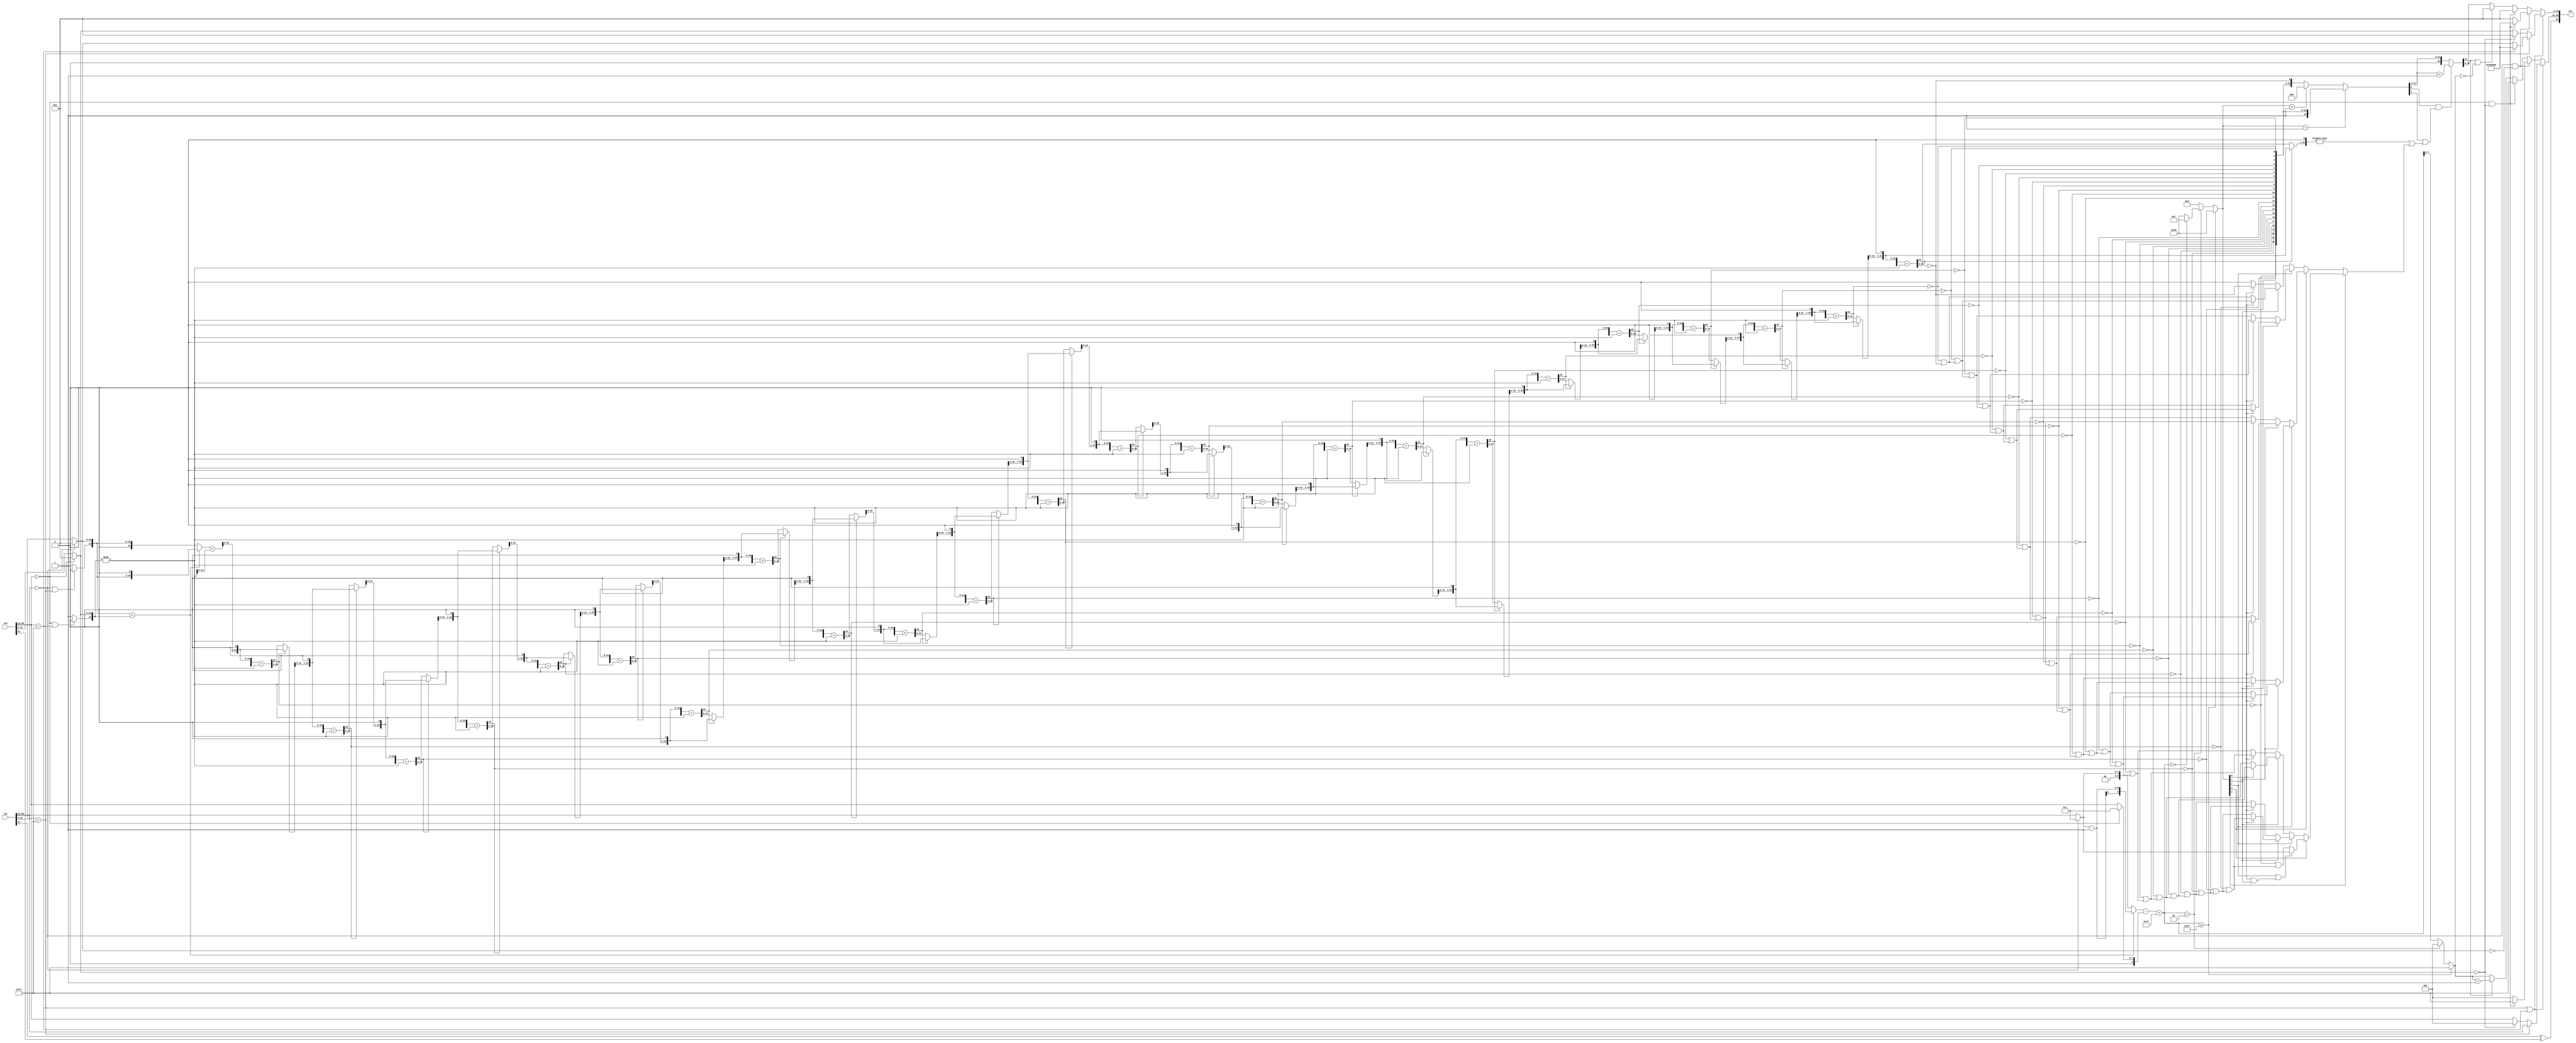
`timescale 1ns / 1ns

module div(in1,
           in2,
           out);
  input   [31:0] in1;  // ufix32
  input   [31:0] in2;  // ufix32
  output  [31:0] out;  // ufix32


  wire aSign;  // ufix1
  wire [7:0] aExponent;  // ufix8
  wire [22:0] aMantissa;  // ufix23
  wire bSign;  // ufix1
  wire [7:0] bExponent;  // ufix8
  wire [22:0] bMantissa;  // ufix23
  wire tmp_out1;  // ufix1
  wire aExponent_cfType_Exponent_I_out1;  // ufix1
  wire bExponent_cfType_Exponent_I_out1;  // ufix1
  wire alphaaExponent_cfType_Exponent_out1;  // ufix1
  wire aExponent_0_out1;  // ufix1
  wire [22:0] Constant_out1;  // ufix23
  wire [22:0] Switch_out1;  // ufix23
  wire aMantissa_0_out1;  // ufix1
  wire alphaaExponent_0_aMantissa_out1;  // ufix1
  wire bExponent_0_out1;  // ufix1
  wire [22:0] Constant_out1_1;  // ufix23
  wire [22:0] Switch_out1_1;  // ufix23
  wire bMantissa_0_out1;  // ufix1
  wire alphabExponent_0_bMantissa_out1;  // ufix1
  wire alphaExponent_0_cfType_Exp_out1;  // ufix1
  wire alpha1_out1;  // ufix1
  wire alpha0_out1;  // ufix1
  wire if_Exponent_0_cfType_Exp_out1;  // ufix1
  wire [23:0] Bit_Concat1_out1;  // ufix24
  wire alphaExponent_0_cfType_Exp_out1_1;  // ufix1
  wire alpha1_out1_1;  // ufix1
  wire alpha0_out1_1;  // ufix1
  wire if_Exponent_0_cfType_Exp_out1_1;  // ufix1
  wire [23:0] Bit_Concat1_out1_1;  // ufix24
  wire mant_a_norm_mant_b_norm_relop1;
  wire [7:0] C_out1;  // ufix8
  wire [7:0] if_Exponent_0_out1;  // ufix8
  wire signed [9:0] DTC_out1;  // sfix10
  wire signed [9:0] cast_1_out1;  // sfix10
  wire signed [9:0] exp_a_norm_cast_1_out1;  // sfix10
  wire [7:0] C_out1_1;  // ufix8
  wire signed [9:0] if_mant_a_norm_mant_b_norm_out1;  // sfix10
  wire [7:0] if_Exponent_0_out1_1;  // ufix8
  wire signed [9:0] DTC1_out1;  // sfix10
  wire signed [9:0] exp_a_norm_exp_b_norm_out1;  // sfix10
  wire signed [9:0] cast_cfType_ExponentBias_lik_out1;  // sfix10
  wire signed [9:0] exp_a_norm_exp_b_norm_cast_out1;  // sfix10
  wire exp_tmp_2_cfType_ExponentBi_out1;  // ufix1
  wire exp_tmp_1_out1;  // ufix1
  wire [4:0] C3_out1;  // ufix5
  wire exp_tmp_0_out1;  // ufix1
  wire [4:0] C1_out1;  // ufix5
  wire [4:0] C_out1_2;  // ufix5
  wire [4:0] if_exp_tmp_0_out1;  // ufix5
  wire [4:0] if_exp_tmp_1_1_out1;  // ufix5
  wire [4:0] C5_out1;  // ufix5
  wire [4:0] if_exp_tmp_2_cfType_ExponentB_1_out1;  // ufix5
  wire shift_length_1_out1;  // ufix1
  wire shift_length_1_out1_1;  // ufix1
  wire C_out1_3;  // ufix1
  wire [3:0] alpha0_out1_2;  // ufix4
  wire [27:0] Bit_Concat_out1;  // ufix28
  wire signed [27:0] reinterpretcast_bitconcat_fi_0_out1;  // sfix28
  wire signed [27:0] bitsll_mant_a_norm_1_out1;  // sfix28
  wire signed [27:0] if_mant_a_norm_mant_b_norm_1_out1;  // sfix28
  wire [25:0] Bit_Slice1_out1;  // ufix26
  wire signed [25:0] Data_Type_Conversion1_out1;  // sfix26
  wire [3:0] alpha1_out1_2;  // ufix4
  wire [27:0] Bit_Concat1_out1_2;  // ufix28
  wire signed [27:0] reinterpretcast_bitconcat_fi_0_out1_1;  // sfix28
  wire signed [28:0] Unary_Minus2_in0;  // sfix29
  wire signed [28:0] Unary_Minus2_1;  // sfix29
  wire signed [27:0] Unary_Minus2_out1;  // sfix28
  wire [25:0] Bit_Slice_out1;  // ufix26
  wire signed [25:0] Data_Type_Conversion_out1;  // sfix26
  wire signed [25:0] R_mant_b_norm_out1;  // sfix26
  wire signed [25:0] bitsll_R_1_out1;  // sfix26
  wire signed [25:0] R_mant_b_norm_out1_1;  // sfix26
  wire Bit_Slice_out1_1;  // ufix1
  wire Logical_Operator_out1;
  wire [1:0] Bit_Concat_out1_1;  // ufix2
  wire signed [25:0] if_tmp_0_1_out1;  // sfix26
  wire signed [25:0] bitsll_R_1_out1_1;  // sfix26
  wire signed [25:0] R_mant_b_norm_out1_2;  // sfix26
  wire Bit_Slice_out1_2;  // ufix1
  wire Logical_Operator_out1_1;
  wire [2:0] Bit_Concat_out1_2;  // ufix3
  wire signed [25:0] if_tmp_0_1_out1_1;  // sfix26
  wire signed [25:0] bitsll_R_1_out1_2;  // sfix26
  wire signed [25:0] R_mant_b_norm_out1_3;  // sfix26
  wire Bit_Slice_out1_3;  // ufix1
  wire Logical_Operator_out1_2;
  wire [3:0] Bit_Concat_out1_3;  // ufix4
  wire signed [25:0] if_tmp_0_1_out1_2;  // sfix26
  wire signed [25:0] bitsll_R_1_out1_3;  // sfix26
  wire signed [25:0] R_mant_b_norm_out1_4;  // sfix26
  wire Bit_Slice_out1_4;  // ufix1
  wire Logical_Operator_out1_3;
  wire [4:0] Bit_Concat_out1_4;  // ufix5
  wire signed [25:0] if_tmp_0_1_out1_3;  // sfix26
  wire signed [25:0] bitsll_R_1_out1_4;  // sfix26
  wire signed [25:0] R_mant_b_norm_out1_5;  // sfix26
  wire Bit_Slice_out1_5;  // ufix1
  wire Logical_Operator_out1_4;
  wire [5:0] Bit_Concat_out1_5;  // ufix6
  wire signed [25:0] if_tmp_0_1_out1_4;  // sfix26
  wire signed [25:0] bitsll_R_1_out1_5;  // sfix26
  wire signed [25:0] R_mant_b_norm_out1_6;  // sfix26
  wire Bit_Slice_out1_6;  // ufix1
  wire Logical_Operator_out1_5;
  wire [6:0] Bit_Concat_out1_6;  // ufix7
  wire signed [25:0] if_tmp_0_1_out1_5;  // sfix26
  wire signed [25:0] bitsll_R_1_out1_6;  // sfix26
  wire signed [25:0] R_mant_b_norm_out1_7;  // sfix26
  wire Bit_Slice_out1_7;  // ufix1
  wire Logical_Operator_out1_6;
  wire [7:0] Bit_Concat_out1_7;  // uint8
  wire signed [25:0] if_tmp_0_1_out1_6;  // sfix26
  wire signed [25:0] bitsll_R_1_out1_7;  // sfix26
  wire signed [25:0] R_mant_b_norm_out1_8;  // sfix26
  wire Bit_Slice_out1_8;  // ufix1
  wire Logical_Operator_out1_7;
  wire [8:0] Bit_Concat_out1_8;  // ufix9
  wire signed [25:0] if_tmp_0_1_out1_7;  // sfix26
  wire signed [25:0] bitsll_R_1_out1_8;  // sfix26
  wire signed [25:0] R_mant_b_norm_out1_9;  // sfix26
  wire Bit_Slice_out1_9;  // ufix1
  wire Logical_Operator_out1_8;
  wire [9:0] Bit_Concat_out1_9;  // ufix10
  wire signed [25:0] if_tmp_0_1_out1_8;  // sfix26
  wire signed [25:0] bitsll_R_1_out1_9;  // sfix26
  wire signed [25:0] R_mant_b_norm_out1_10;  // sfix26
  wire Bit_Slice_out1_10;  // ufix1
  wire Logical_Operator_out1_9;
  wire [10:0] Bit_Concat_out1_10;  // ufix11
  wire signed [25:0] if_tmp_0_1_out1_9;  // sfix26
  wire signed [25:0] bitsll_R_1_out1_10;  // sfix26
  wire signed [25:0] R_mant_b_norm_out1_11;  // sfix26
  wire Bit_Slice_out1_11;  // ufix1
  wire Logical_Operator_out1_10;
  wire [11:0] Bit_Concat_out1_11;  // ufix12
  wire signed [25:0] if_tmp_0_1_out1_10;  // sfix26
  wire signed [25:0] bitsll_R_1_out1_11;  // sfix26
  wire signed [25:0] R_mant_b_norm_out1_12;  // sfix26
  wire Bit_Slice_out1_12;  // ufix1
  wire Logical_Operator_out1_11;
  wire [12:0] Bit_Concat_out1_12;  // ufix13
  wire signed [25:0] if_tmp_0_1_out1_11;  // sfix26
  wire signed [25:0] bitsll_R_1_out1_12;  // sfix26
  wire signed [25:0] R_mant_b_norm_out1_13;  // sfix26
  wire Bit_Slice_out1_13;  // ufix1
  wire Logical_Operator_out1_12;
  wire [13:0] Bit_Concat_out1_13;  // ufix14
  wire signed [25:0] if_tmp_0_1_out1_12;  // sfix26
  wire signed [25:0] bitsll_R_1_out1_13;  // sfix26
  wire signed [25:0] R_mant_b_norm_out1_14;  // sfix26
  wire Bit_Slice_out1_14;  // ufix1
  wire Logical_Operator_out1_13;
  wire [14:0] Bit_Concat_out1_14;  // ufix15
  wire signed [25:0] if_tmp_0_1_out1_13;  // sfix26
  wire signed [25:0] bitsll_R_1_out1_14;  // sfix26
  wire signed [25:0] R_mant_b_norm_out1_15;  // sfix26
  wire Bit_Slice_out1_15;  // ufix1
  wire Logical_Operator_out1_14;
  wire [15:0] Bit_Concat_out1_15;  // uint16
  wire signed [25:0] if_tmp_0_1_out1_14;  // sfix26
  wire signed [25:0] bitsll_R_1_out1_15;  // sfix26
  wire signed [25:0] R_mant_b_norm_out1_16;  // sfix26
  wire Bit_Slice_out1_16;  // ufix1
  wire Logical_Operator_out1_15;
  wire [16:0] Bit_Concat_out1_16;  // ufix17
  wire signed [25:0] if_tmp_0_1_out1_15;  // sfix26
  wire signed [25:0] bitsll_R_1_out1_16;  // sfix26
  wire signed [25:0] R_mant_b_norm_out1_17;  // sfix26
  wire Bit_Slice_out1_17;  // ufix1
  wire Logical_Operator_out1_16;
  wire [17:0] Bit_Concat_out1_17;  // ufix18
  wire signed [25:0] if_tmp_0_1_out1_16;  // sfix26
  wire signed [25:0] bitsll_R_1_out1_17;  // sfix26
  wire signed [25:0] R_mant_b_norm_out1_18;  // sfix26
  wire Bit_Slice_out1_18;  // ufix1
  wire Logical_Operator_out1_17;
  wire [18:0] Bit_Concat_out1_18;  // ufix19
  wire signed [25:0] if_tmp_0_1_out1_17;  // sfix26
  wire signed [25:0] bitsll_R_1_out1_18;  // sfix26
  wire signed [25:0] R_mant_b_norm_out1_19;  // sfix26
  wire Bit_Slice_out1_19;  // ufix1
  wire Logical_Operator_out1_18;
  wire [19:0] Bit_Concat_out1_19;  // ufix20
  wire signed [25:0] if_tmp_0_1_out1_18;  // sfix26
  wire signed [25:0] bitsll_R_1_out1_19;  // sfix26
  wire signed [25:0] R_mant_b_norm_out1_20;  // sfix26
  wire Bit_Slice_out1_20;  // ufix1
  wire Logical_Operator_out1_19;
  wire [20:0] Bit_Concat_out1_20;  // ufix21
  wire signed [25:0] if_tmp_0_1_out1_19;  // sfix26
  wire signed [25:0] bitsll_R_1_out1_20;  // sfix26
  wire signed [25:0] R_mant_b_norm_out1_21;  // sfix26
  wire Bit_Slice_out1_21;  // ufix1
  wire Logical_Operator_out1_20;
  wire [21:0] Bit_Concat_out1_21;  // ufix22
  wire signed [25:0] if_tmp_0_1_out1_20;  // sfix26
  wire signed [25:0] bitsll_R_1_out1_21;  // sfix26
  wire signed [25:0] R_mant_b_norm_out1_22;  // sfix26
  wire Bit_Slice_out1_22;  // ufix1
  wire Logical_Operator_out1_21;
  wire [22:0] Bit_Concat_out1_22;  // ufix23
  wire signed [25:0] if_tmp_0_1_out1_21;  // sfix26
  wire signed [25:0] bitsll_R_1_out1_22;  // sfix26
  wire signed [25:0] R_mant_b_norm_out1_23;  // sfix26
  wire Bit_Slice_out1_23;  // ufix1
  wire Logical_Operator_out1_22;
  wire [23:0] Bit_Concat_out1_23;  // ufix24
  wire signed [25:0] if_tmp_0_1_out1_22;  // sfix26
  wire signed [25:0] bitsll_R_1_out1_23;  // sfix26
  wire signed [25:0] R_mant_b_norm_out1_24;  // sfix26
  wire Bit_Slice_out1_24;  // ufix1
  wire Logical_Operator_out1_23;
  wire [24:0] Bit_Concat_out1_24;  // ufix25
  wire [24:0] C_out1_4;  // ufix25
  wire [24:0] if_shift_length_1_out1;  // ufix25
  wire [24:0] bitsrl_Q_1_out1;  // ufix25
  wire [24:0] if_shift_length_1_out1_1;  // ufix25
  wire [23:0] BitSlice_out1;  // ufix24
  wire Bit_Slice10_out1;  // ufix1
  wire Bit_Slice9_out1;  // ufix1
  wire Bit_Slice7_out1;  // ufix1
  wire Bit_Slice8_out1;  // ufix1
  wire Bit_Slice11_out1;  // ufix1
  wire [2:0] Bit_Slice_out1_25;  // ufix3
  wire Constant_out1_2;  // ufix1
  wire [3:0] Bit_Concat_out1_25;  // ufix4
  wire Bit_Slice_out1_26;  // ufix1
  wire Bit_Slice1_out1_1;  // ufix1
  wire Logical_Operator_out1_24;  // ufix1
  wire Switch6_out1;  // ufix1
  wire Bit_Slice2_out1;  // ufix1
  wire Logical_Operator1_out1;  // ufix1
  wire Bit_Slice3_out1;  // ufix1
  wire Logical_Operator2_out1;  // ufix1
  wire Switch7_out1;  // ufix1
  wire Switch3_out1;  // ufix1
  wire [3:0] Bit_Slice1_out1_2;  // ufix4
  wire Bit_Slice_out1_27;  // ufix1
  wire Logical_Operator3_out1;  // ufix1
  wire Bit_Slice1_out1_3;  // ufix1
  wire Logical_Operator_out1_25;  // ufix1
  wire Switch6_out1_1;  // ufix1
  wire Bit_Slice2_out1_1;  // ufix1
  wire Logical_Operator1_out1_1;  // ufix1
  wire Bit_Slice3_out1_1;  // ufix1
  wire Logical_Operator2_out1_1;  // ufix1
  wire Switch7_out1_1;  // ufix1
  wire Switch3_out1_1;  // ufix1
  wire Switch6_out1_2;  // ufix1
  wire [3:0] Bit_Slice2_out1_2;  // ufix4
  wire Bit_Slice_out1_28;  // ufix1
  wire Logical_Operator3_out1_1;  // ufix1
  wire Bit_Slice1_out1_4;  // ufix1
  wire Logical_Operator_out1_26;  // ufix1
  wire Switch6_out1_3;  // ufix1
  wire Bit_Slice2_out1_3;  // ufix1
  wire Logical_Operator1_out1_2;  // ufix1
  wire Bit_Slice3_out1_2;  // ufix1
  wire Logical_Operator2_out1_2;  // ufix1
  wire Switch7_out1_2;  // ufix1
  wire Switch3_out1_2;  // ufix1
  wire [3:0] Bit_Slice3_out1_3;  // ufix4
  wire Bit_Slice_out1_29;  // ufix1
  wire Logical_Operator3_out1_2;  // ufix1
  wire Bit_Slice1_out1_5;  // ufix1
  wire Logical_Operator_out1_27;  // ufix1
  wire Switch6_out1_4;  // ufix1
  wire Bit_Slice2_out1_4;  // ufix1
  wire Logical_Operator1_out1_3;  // ufix1
  wire Bit_Slice3_out1_4;  // ufix1
  wire Logical_Operator2_out1_3;  // ufix1
  wire Switch7_out1_3;  // ufix1
  wire Switch3_out1_3;  // ufix1
  wire Switch7_out1_4;  // ufix1
  wire Switch3_out1_4;  // ufix1
  wire [3:0] Bit_Slice4_out1;  // ufix4
  wire Bit_Slice_out1_30;  // ufix1
  wire Logical_Operator3_out1_3;  // ufix1
  wire Bit_Slice1_out1_6;  // ufix1
  wire Logical_Operator_out1_28;  // ufix1
  wire Switch6_out1_5;  // ufix1
  wire Bit_Slice2_out1_5;  // ufix1
  wire Logical_Operator1_out1_4;  // ufix1
  wire Bit_Slice3_out1_5;  // ufix1
  wire Logical_Operator2_out1_4;  // ufix1
  wire Switch7_out1_5;  // ufix1
  wire Switch3_out1_5;  // ufix1
  wire [3:0] Bit_Slice5_out1;  // ufix4
  wire Bit_Slice_out1_31;  // ufix1
  wire Logical_Operator3_out1_4;  // ufix1
  wire Bit_Slice1_out1_7;  // ufix1
  wire Logical_Operator_out1_29;  // ufix1
  wire Switch6_out1_6;  // ufix1
  wire Bit_Slice2_out1_6;  // ufix1
  wire Logical_Operator1_out1_5;  // ufix1
  wire Bit_Slice3_out1_6;  // ufix1
  wire Logical_Operator2_out1_5;  // ufix1
  wire Switch7_out1_6;  // ufix1
  wire Switch3_out1_6;  // ufix1
  wire Switch4_out1;  // ufix1
  wire Logical_Operator_out1_30;  // ufix1
  wire [1:0] Bit_Slice6_out1;  // ufix2
  wire Bit_Slice_out1_32;  // ufix1
  wire Logical_Operator3_out1_5;  // ufix1
  wire Bit_Slice1_out1_8;  // ufix1
  wire Logical_Operator_out1_31;  // ufix1
  wire Switch7_out1_7;  // ufix1
  wire BitSlice_out1_1;  // ufix1
  wire BitSlice1_out1;  // ufix1
  wire signed [25:0] if_tmp_0_1_out1_23;  // sfix26
  wire signed [25:0] bitsll_R_1_out1_24;  // sfix26
  wire R_0_out1;  // ufix1
  wire Switch1_out1;  // ufix1
  wire Switch2_out1;  // ufix1
  wire sticky_bitsll_Q_Q_WordLen_out1;  // ufix1
  wire alphabitget_Mant_tmp_2_0_out1;  // ufix1
  wire alphabitget_Mant_tmp_1_0_out1;  // ufix1
  wire alpha0_out1_3;  // ufix1
  wire [22:0] BitSlice4_out1;  // ufix23
  wire [23:0] Bit_Concat_out1_26;  // ufix24
  wire [23:0] alpha2_out1;  // ufix24
  wire [23:0] Mant_tmp_2_out1;  // ufix24
  wire [23:0] if_bitget_Mant_tmp_1_0_out1;  // ufix24
  wire BitSlice2_out1;  // ufix1
  wire [7:0] DTC1_out1_1;  // ufix8
  wire [7:0] C2_out1;  // ufix8
  wire [7:0] if_exp_tmp_1_out1;  // ufix8
  wire [7:0] C4_out1;  // ufix8
  wire [7:0] if_exp_tmp_2_cfType_ExponentB_out1;  // ufix8
  wire [7:0] alpha1_out1_3;  // ufix8
  wire [7:0] Exp_1_out1;  // ufix8
  wire [7:0] if_bitget_Mant_tmp_Mant_tmp_Wor_out1;  // ufix8
  wire [7:0] C4_out1_1;  // ufix8
  wire [7:0] if_bExponent_0_bMantissa_out1;  // ufix8
  wire [7:0] C1_out1_1;  // ufix8
  wire [7:0] C_out1_5;  // ufix8
  wire [7:0] if_bExponent_0_bMantissa_out1_1;  // ufix8
  wire [7:0] if_aExponent_0_aMantissa_out1;  // ufix8
  wire [7:0] C1_out1_2;  // ufix8
  wire [7:0] if_mant_b_0_out1;  // ufix8
  wire [7:0] if_exp_a_cfType_Exponent_Inf_out1;  // ufix8
  wire [7:0] if_aExponent_cfType_Exponent_out1;  // ufix8
  wire Compare_To_Zero_out1;  // ufix1
  wire Logical_Operator_out1_32;  // ufix1
  wire [22:0] BitSlice3_out1;  // ufix23
  wire [22:0] C_out1_6;  // ufix23
  wire [22:0] if_bitget_Mant_tmp_Mant_tmp_Wor_1_out1;  // ufix23
  wire [22:0] C5_out1_1;  // ufix23
  wire [22:0] if_bExponent_0_bMantissa_1_out1;  // ufix23
  wire [22:0] C3_out1_1;  // ufix23
  wire [22:0] C2_out1_1;  // ufix23
  wire [22:0] if_bExponent_0_bMantissa_1_out1_1;  // ufix23
  wire [22:0] if_aExponent_0_aMantissa_1_out1;  // ufix23
  wire [22:0] C2_out1_2;  // ufix23
  wire [22:0] if_mant_b_0_1_out1;  // ufix23
  wire [22:0] C_out1_7;  // ufix23
  wire [22:0] if_exp_b_cfType_Exponent_Inf_out1;  // ufix23
  wire [22:0] if_exp_a_cfType_Exponent_Inf_1_out1;  // ufix23
  wire [22:0] if_aExponent_cfType_Exponent_1_out1;  // ufix23
  wire [31:0] out_pack;  // ufix32


  // Split 32 bit word into FP sign, exponent, mantissa
  assign aSign = in1[31];
  assign aExponent = in1[30:23];
  assign aMantissa = in1[22:0];



  // Split 32 bit word into FP sign, exponent, mantissa
  assign bSign = in2[31];
  assign bExponent = in2[30:23];
  assign bMantissa = in2[22:0];



  assign tmp_out1 = aSign ^ bSign;



  assign aExponent_cfType_Exponent_I_out1 = aExponent == 8'b11111111;



  assign bExponent_cfType_Exponent_I_out1 = bExponent == 8'b11111111;



  assign alphaaExponent_cfType_Exponent_out1 = aExponent_cfType_Exponent_I_out1 | bExponent_cfType_Exponent_I_out1;



  assign aExponent_0_out1 = aExponent == 8'b00000000;



  assign Constant_out1 = 23'b00000000000000000000000;



  assign Switch_out1 = (aExponent_0_out1 == 1'b0 ? aMantissa :
              Constant_out1);



  assign aMantissa_0_out1 = Switch_out1 == 23'b00000000000000000000000;



  assign alphaaExponent_0_aMantissa_out1 = aExponent_0_out1 & aMantissa_0_out1;



  assign bExponent_0_out1 = bExponent == 8'b00000000;



  assign Constant_out1_1 = 23'b00000000000000000000000;



  assign Switch_out1_1 = (bExponent_0_out1 == 1'b0 ? bMantissa :
              Constant_out1_1);



  assign bMantissa_0_out1 = Switch_out1_1 == 23'b00000000000000000000000;



  assign alphabExponent_0_bMantissa_out1 = bExponent_0_out1 & bMantissa_0_out1;



  assign alphaExponent_0_cfType_Exp_out1 = aExponent_0_out1 | aExponent_cfType_Exponent_I_out1;



  assign alpha1_out1 = 1'b1;



  assign alpha0_out1 = 1'b0;



  assign if_Exponent_0_cfType_Exp_out1 = (alphaExponent_0_cfType_Exp_out1 == 1'b0 ? alpha1_out1 :
              alpha0_out1);



  assign Bit_Concat1_out1 = {if_Exponent_0_cfType_Exp_out1, Switch_out1};



  assign alphaExponent_0_cfType_Exp_out1_1 = bExponent_0_out1 | bExponent_cfType_Exponent_I_out1;



  assign alpha1_out1_1 = 1'b1;



  assign alpha0_out1_1 = 1'b0;



  assign if_Exponent_0_cfType_Exp_out1_1 = (alphaExponent_0_cfType_Exp_out1_1 == 1'b0 ? alpha1_out1_1 :
              alpha0_out1_1);



  assign Bit_Concat1_out1_1 = {if_Exponent_0_cfType_Exp_out1_1, Switch_out1_1};



  assign mant_a_norm_mant_b_norm_relop1 = Bit_Concat1_out1 < Bit_Concat1_out1_1;



  assign C_out1 = 8'b00000001;



  assign if_Exponent_0_out1 = (aExponent_0_out1 == 1'b0 ? aExponent :
              C_out1);



  assign DTC_out1 = {2'b0, if_Exponent_0_out1};



  assign cast_1_out1 = 10'sb0000000001;



  assign exp_a_norm_cast_1_out1 = DTC_out1 - cast_1_out1;



  assign C_out1_1 = 8'b00000001;



  assign if_mant_a_norm_mant_b_norm_out1 = (mant_a_norm_mant_b_norm_relop1 == 1'b0 ? DTC_out1 :
              exp_a_norm_cast_1_out1);



  assign if_Exponent_0_out1_1 = (bExponent_0_out1 == 1'b0 ? bExponent :
              C_out1_1);



  assign DTC1_out1 = {2'b0, if_Exponent_0_out1_1};



  assign exp_a_norm_exp_b_norm_out1 = if_mant_a_norm_mant_b_norm_out1 - DTC1_out1;



  assign cast_cfType_ExponentBias_lik_out1 = 10'sb0001111111;



  assign exp_a_norm_exp_b_norm_cast_out1 = exp_a_norm_exp_b_norm_out1 + cast_cfType_ExponentBias_lik_out1;



  assign exp_tmp_2_cfType_ExponentBi_out1 = exp_a_norm_exp_b_norm_cast_out1 >= 10'sb0011111111;



  assign exp_tmp_1_out1 = exp_a_norm_exp_b_norm_cast_out1 < 10'sb0000000001;



  assign C3_out1 = 5'b00000;



  assign exp_tmp_0_out1 = exp_a_norm_exp_b_norm_cast_out1 == 10'sb0000000000;



  assign C1_out1 = 5'b11001;



  assign C_out1_2 = 5'b00001;



  assign if_exp_tmp_0_out1 = (exp_tmp_0_out1 == 1'b0 ? C1_out1 :
              C_out1_2);



  assign if_exp_tmp_1_1_out1 = (exp_tmp_1_out1 == 1'b0 ? C3_out1 :
              if_exp_tmp_0_out1);



  assign C5_out1 = 5'b11001;



  assign if_exp_tmp_2_cfType_ExponentB_1_out1 = (exp_tmp_2_cfType_ExponentBi_out1 == 1'b0 ? if_exp_tmp_1_1_out1 :
              C5_out1);



  assign shift_length_1_out1 = if_exp_tmp_2_cfType_ExponentB_1_out1 == 5'b00001;



  assign shift_length_1_out1_1 = if_exp_tmp_2_cfType_ExponentB_1_out1 > 5'b00001;



  assign C_out1_3 = 1'b1;



  assign alpha0_out1_2 = 4'b0000;



  assign Bit_Concat_out1 = {alpha0_out1_2, Bit_Concat1_out1};



  assign reinterpretcast_bitconcat_fi_0_out1 = Bit_Concat_out1;



  assign bitsll_mant_a_norm_1_out1 = reinterpretcast_bitconcat_fi_0_out1 <<< 8'd1;



  assign if_mant_a_norm_mant_b_norm_1_out1 = (mant_a_norm_mant_b_norm_relop1 == 1'b0 ? reinterpretcast_bitconcat_fi_0_out1 :
              bitsll_mant_a_norm_1_out1);



  assign Bit_Slice1_out1 = if_mant_a_norm_mant_b_norm_1_out1[25:0];



  assign Data_Type_Conversion1_out1 = Bit_Slice1_out1;



  assign alpha1_out1_2 = 4'b0000;



  assign Bit_Concat1_out1_2 = {alpha1_out1_2, Bit_Concat1_out1_1};



  assign reinterpretcast_bitconcat_fi_0_out1_1 = Bit_Concat1_out1_2;



  assign Unary_Minus2_1 = {reinterpretcast_bitconcat_fi_0_out1_1[27], reinterpretcast_bitconcat_fi_0_out1_1};
  assign Unary_Minus2_in0 =  - (Unary_Minus2_1);
  assign Unary_Minus2_out1 = Unary_Minus2_in0[27:0];



  assign Bit_Slice_out1 = Unary_Minus2_out1[25:0];



  assign Data_Type_Conversion_out1 = Bit_Slice_out1;



  assign R_mant_b_norm_out1 = Data_Type_Conversion1_out1 + Data_Type_Conversion_out1;



  assign bitsll_R_1_out1 = R_mant_b_norm_out1 <<< 8'd1;



  assign R_mant_b_norm_out1_1 = bitsll_R_1_out1 + Data_Type_Conversion_out1;



  assign Bit_Slice_out1_1 = R_mant_b_norm_out1_1[25];



  assign Logical_Operator_out1 =  ~ Bit_Slice_out1_1;



  assign Bit_Concat_out1_1 = {C_out1_3, Logical_Operator_out1};



  assign if_tmp_0_1_out1 = (Bit_Slice_out1_1 == 1'b0 ? R_mant_b_norm_out1_1 :
              bitsll_R_1_out1);



  assign bitsll_R_1_out1_1 = if_tmp_0_1_out1 <<< 8'd1;



  assign R_mant_b_norm_out1_2 = bitsll_R_1_out1_1 + Data_Type_Conversion_out1;



  assign Bit_Slice_out1_2 = R_mant_b_norm_out1_2[25];



  assign Logical_Operator_out1_1 =  ~ Bit_Slice_out1_2;



  assign Bit_Concat_out1_2 = {Bit_Concat_out1_1, Logical_Operator_out1_1};



  assign if_tmp_0_1_out1_1 = (Bit_Slice_out1_2 == 1'b0 ? R_mant_b_norm_out1_2 :
              bitsll_R_1_out1_1);



  assign bitsll_R_1_out1_2 = if_tmp_0_1_out1_1 <<< 8'd1;



  assign R_mant_b_norm_out1_3 = bitsll_R_1_out1_2 + Data_Type_Conversion_out1;



  assign Bit_Slice_out1_3 = R_mant_b_norm_out1_3[25];



  assign Logical_Operator_out1_2 =  ~ Bit_Slice_out1_3;



  assign Bit_Concat_out1_3 = {Bit_Concat_out1_2, Logical_Operator_out1_2};



  assign if_tmp_0_1_out1_2 = (Bit_Slice_out1_3 == 1'b0 ? R_mant_b_norm_out1_3 :
              bitsll_R_1_out1_2);



  assign bitsll_R_1_out1_3 = if_tmp_0_1_out1_2 <<< 8'd1;



  assign R_mant_b_norm_out1_4 = bitsll_R_1_out1_3 + Data_Type_Conversion_out1;



  assign Bit_Slice_out1_4 = R_mant_b_norm_out1_4[25];



  assign Logical_Operator_out1_3 =  ~ Bit_Slice_out1_4;



  assign Bit_Concat_out1_4 = {Bit_Concat_out1_3, Logical_Operator_out1_3};



  assign if_tmp_0_1_out1_3 = (Bit_Slice_out1_4 == 1'b0 ? R_mant_b_norm_out1_4 :
              bitsll_R_1_out1_3);



  assign bitsll_R_1_out1_4 = if_tmp_0_1_out1_3 <<< 8'd1;



  assign R_mant_b_norm_out1_5 = bitsll_R_1_out1_4 + Data_Type_Conversion_out1;



  assign Bit_Slice_out1_5 = R_mant_b_norm_out1_5[25];



  assign Logical_Operator_out1_4 =  ~ Bit_Slice_out1_5;



  assign Bit_Concat_out1_5 = {Bit_Concat_out1_4, Logical_Operator_out1_4};



  assign if_tmp_0_1_out1_4 = (Bit_Slice_out1_5 == 1'b0 ? R_mant_b_norm_out1_5 :
              bitsll_R_1_out1_4);



  assign bitsll_R_1_out1_5 = if_tmp_0_1_out1_4 <<< 8'd1;



  assign R_mant_b_norm_out1_6 = bitsll_R_1_out1_5 + Data_Type_Conversion_out1;



  assign Bit_Slice_out1_6 = R_mant_b_norm_out1_6[25];



  assign Logical_Operator_out1_5 =  ~ Bit_Slice_out1_6;



  assign Bit_Concat_out1_6 = {Bit_Concat_out1_5, Logical_Operator_out1_5};



  assign if_tmp_0_1_out1_5 = (Bit_Slice_out1_6 == 1'b0 ? R_mant_b_norm_out1_6 :
              bitsll_R_1_out1_5);



  assign bitsll_R_1_out1_6 = if_tmp_0_1_out1_5 <<< 8'd1;



  assign R_mant_b_norm_out1_7 = bitsll_R_1_out1_6 + Data_Type_Conversion_out1;



  assign Bit_Slice_out1_7 = R_mant_b_norm_out1_7[25];



  assign Logical_Operator_out1_6 =  ~ Bit_Slice_out1_7;



  assign Bit_Concat_out1_7 = {Bit_Concat_out1_6, Logical_Operator_out1_6};



  assign if_tmp_0_1_out1_6 = (Bit_Slice_out1_7 == 1'b0 ? R_mant_b_norm_out1_7 :
              bitsll_R_1_out1_6);



  assign bitsll_R_1_out1_7 = if_tmp_0_1_out1_6 <<< 8'd1;



  assign R_mant_b_norm_out1_8 = bitsll_R_1_out1_7 + Data_Type_Conversion_out1;



  assign Bit_Slice_out1_8 = R_mant_b_norm_out1_8[25];



  assign Logical_Operator_out1_7 =  ~ Bit_Slice_out1_8;



  assign Bit_Concat_out1_8 = {Bit_Concat_out1_7, Logical_Operator_out1_7};



  assign if_tmp_0_1_out1_7 = (Bit_Slice_out1_8 == 1'b0 ? R_mant_b_norm_out1_8 :
              bitsll_R_1_out1_7);



  assign bitsll_R_1_out1_8 = if_tmp_0_1_out1_7 <<< 8'd1;



  assign R_mant_b_norm_out1_9 = bitsll_R_1_out1_8 + Data_Type_Conversion_out1;



  assign Bit_Slice_out1_9 = R_mant_b_norm_out1_9[25];



  assign Logical_Operator_out1_8 =  ~ Bit_Slice_out1_9;



  assign Bit_Concat_out1_9 = {Bit_Concat_out1_8, Logical_Operator_out1_8};



  assign if_tmp_0_1_out1_8 = (Bit_Slice_out1_9 == 1'b0 ? R_mant_b_norm_out1_9 :
              bitsll_R_1_out1_8);



  assign bitsll_R_1_out1_9 = if_tmp_0_1_out1_8 <<< 8'd1;



  assign R_mant_b_norm_out1_10 = bitsll_R_1_out1_9 + Data_Type_Conversion_out1;



  assign Bit_Slice_out1_10 = R_mant_b_norm_out1_10[25];



  assign Logical_Operator_out1_9 =  ~ Bit_Slice_out1_10;



  assign Bit_Concat_out1_10 = {Bit_Concat_out1_9, Logical_Operator_out1_9};



  assign if_tmp_0_1_out1_9 = (Bit_Slice_out1_10 == 1'b0 ? R_mant_b_norm_out1_10 :
              bitsll_R_1_out1_9);



  assign bitsll_R_1_out1_10 = if_tmp_0_1_out1_9 <<< 8'd1;



  assign R_mant_b_norm_out1_11 = bitsll_R_1_out1_10 + Data_Type_Conversion_out1;



  assign Bit_Slice_out1_11 = R_mant_b_norm_out1_11[25];



  assign Logical_Operator_out1_10 =  ~ Bit_Slice_out1_11;



  assign Bit_Concat_out1_11 = {Bit_Concat_out1_10, Logical_Operator_out1_10};



  assign if_tmp_0_1_out1_10 = (Bit_Slice_out1_11 == 1'b0 ? R_mant_b_norm_out1_11 :
              bitsll_R_1_out1_10);



  assign bitsll_R_1_out1_11 = if_tmp_0_1_out1_10 <<< 8'd1;



  assign R_mant_b_norm_out1_12 = bitsll_R_1_out1_11 + Data_Type_Conversion_out1;



  assign Bit_Slice_out1_12 = R_mant_b_norm_out1_12[25];



  assign Logical_Operator_out1_11 =  ~ Bit_Slice_out1_12;



  assign Bit_Concat_out1_12 = {Bit_Concat_out1_11, Logical_Operator_out1_11};



  assign if_tmp_0_1_out1_11 = (Bit_Slice_out1_12 == 1'b0 ? R_mant_b_norm_out1_12 :
              bitsll_R_1_out1_11);



  assign bitsll_R_1_out1_12 = if_tmp_0_1_out1_11 <<< 8'd1;



  assign R_mant_b_norm_out1_13 = bitsll_R_1_out1_12 + Data_Type_Conversion_out1;



  assign Bit_Slice_out1_13 = R_mant_b_norm_out1_13[25];



  assign Logical_Operator_out1_12 =  ~ Bit_Slice_out1_13;



  assign Bit_Concat_out1_13 = {Bit_Concat_out1_12, Logical_Operator_out1_12};



  assign if_tmp_0_1_out1_12 = (Bit_Slice_out1_13 == 1'b0 ? R_mant_b_norm_out1_13 :
              bitsll_R_1_out1_12);



  assign bitsll_R_1_out1_13 = if_tmp_0_1_out1_12 <<< 8'd1;



  assign R_mant_b_norm_out1_14 = bitsll_R_1_out1_13 + Data_Type_Conversion_out1;



  assign Bit_Slice_out1_14 = R_mant_b_norm_out1_14[25];



  assign Logical_Operator_out1_13 =  ~ Bit_Slice_out1_14;



  assign Bit_Concat_out1_14 = {Bit_Concat_out1_13, Logical_Operator_out1_13};



  assign if_tmp_0_1_out1_13 = (Bit_Slice_out1_14 == 1'b0 ? R_mant_b_norm_out1_14 :
              bitsll_R_1_out1_13);



  assign bitsll_R_1_out1_14 = if_tmp_0_1_out1_13 <<< 8'd1;



  assign R_mant_b_norm_out1_15 = bitsll_R_1_out1_14 + Data_Type_Conversion_out1;



  assign Bit_Slice_out1_15 = R_mant_b_norm_out1_15[25];



  assign Logical_Operator_out1_14 =  ~ Bit_Slice_out1_15;



  assign Bit_Concat_out1_15 = {Bit_Concat_out1_14, Logical_Operator_out1_14};



  assign if_tmp_0_1_out1_14 = (Bit_Slice_out1_15 == 1'b0 ? R_mant_b_norm_out1_15 :
              bitsll_R_1_out1_14);



  assign bitsll_R_1_out1_15 = if_tmp_0_1_out1_14 <<< 8'd1;



  assign R_mant_b_norm_out1_16 = bitsll_R_1_out1_15 + Data_Type_Conversion_out1;



  assign Bit_Slice_out1_16 = R_mant_b_norm_out1_16[25];



  assign Logical_Operator_out1_15 =  ~ Bit_Slice_out1_16;



  assign Bit_Concat_out1_16 = {Bit_Concat_out1_15, Logical_Operator_out1_15};



  assign if_tmp_0_1_out1_15 = (Bit_Slice_out1_16 == 1'b0 ? R_mant_b_norm_out1_16 :
              bitsll_R_1_out1_15);



  assign bitsll_R_1_out1_16 = if_tmp_0_1_out1_15 <<< 8'd1;



  assign R_mant_b_norm_out1_17 = bitsll_R_1_out1_16 + Data_Type_Conversion_out1;



  assign Bit_Slice_out1_17 = R_mant_b_norm_out1_17[25];



  assign Logical_Operator_out1_16 =  ~ Bit_Slice_out1_17;



  assign Bit_Concat_out1_17 = {Bit_Concat_out1_16, Logical_Operator_out1_16};



  assign if_tmp_0_1_out1_16 = (Bit_Slice_out1_17 == 1'b0 ? R_mant_b_norm_out1_17 :
              bitsll_R_1_out1_16);



  assign bitsll_R_1_out1_17 = if_tmp_0_1_out1_16 <<< 8'd1;



  assign R_mant_b_norm_out1_18 = bitsll_R_1_out1_17 + Data_Type_Conversion_out1;



  assign Bit_Slice_out1_18 = R_mant_b_norm_out1_18[25];



  assign Logical_Operator_out1_17 =  ~ Bit_Slice_out1_18;



  assign Bit_Concat_out1_18 = {Bit_Concat_out1_17, Logical_Operator_out1_17};



  assign if_tmp_0_1_out1_17 = (Bit_Slice_out1_18 == 1'b0 ? R_mant_b_norm_out1_18 :
              bitsll_R_1_out1_17);



  assign bitsll_R_1_out1_18 = if_tmp_0_1_out1_17 <<< 8'd1;



  assign R_mant_b_norm_out1_19 = bitsll_R_1_out1_18 + Data_Type_Conversion_out1;



  assign Bit_Slice_out1_19 = R_mant_b_norm_out1_19[25];



  assign Logical_Operator_out1_18 =  ~ Bit_Slice_out1_19;



  assign Bit_Concat_out1_19 = {Bit_Concat_out1_18, Logical_Operator_out1_18};



  assign if_tmp_0_1_out1_18 = (Bit_Slice_out1_19 == 1'b0 ? R_mant_b_norm_out1_19 :
              bitsll_R_1_out1_18);



  assign bitsll_R_1_out1_19 = if_tmp_0_1_out1_18 <<< 8'd1;



  assign R_mant_b_norm_out1_20 = bitsll_R_1_out1_19 + Data_Type_Conversion_out1;



  assign Bit_Slice_out1_20 = R_mant_b_norm_out1_20[25];



  assign Logical_Operator_out1_19 =  ~ Bit_Slice_out1_20;



  assign Bit_Concat_out1_20 = {Bit_Concat_out1_19, Logical_Operator_out1_19};



  assign if_tmp_0_1_out1_19 = (Bit_Slice_out1_20 == 1'b0 ? R_mant_b_norm_out1_20 :
              bitsll_R_1_out1_19);



  assign bitsll_R_1_out1_20 = if_tmp_0_1_out1_19 <<< 8'd1;



  assign R_mant_b_norm_out1_21 = bitsll_R_1_out1_20 + Data_Type_Conversion_out1;



  assign Bit_Slice_out1_21 = R_mant_b_norm_out1_21[25];



  assign Logical_Operator_out1_20 =  ~ Bit_Slice_out1_21;



  assign Bit_Concat_out1_21 = {Bit_Concat_out1_20, Logical_Operator_out1_20};



  assign if_tmp_0_1_out1_20 = (Bit_Slice_out1_21 == 1'b0 ? R_mant_b_norm_out1_21 :
              bitsll_R_1_out1_20);



  assign bitsll_R_1_out1_21 = if_tmp_0_1_out1_20 <<< 8'd1;



  assign R_mant_b_norm_out1_22 = bitsll_R_1_out1_21 + Data_Type_Conversion_out1;



  assign Bit_Slice_out1_22 = R_mant_b_norm_out1_22[25];



  assign Logical_Operator_out1_21 =  ~ Bit_Slice_out1_22;



  assign Bit_Concat_out1_22 = {Bit_Concat_out1_21, Logical_Operator_out1_21};



  assign if_tmp_0_1_out1_21 = (Bit_Slice_out1_22 == 1'b0 ? R_mant_b_norm_out1_22 :
              bitsll_R_1_out1_21);



  assign bitsll_R_1_out1_22 = if_tmp_0_1_out1_21 <<< 8'd1;



  assign R_mant_b_norm_out1_23 = bitsll_R_1_out1_22 + Data_Type_Conversion_out1;



  assign Bit_Slice_out1_23 = R_mant_b_norm_out1_23[25];



  assign Logical_Operator_out1_22 =  ~ Bit_Slice_out1_23;



  assign Bit_Concat_out1_23 = {Bit_Concat_out1_22, Logical_Operator_out1_22};



  assign if_tmp_0_1_out1_22 = (Bit_Slice_out1_23 == 1'b0 ? R_mant_b_norm_out1_23 :
              bitsll_R_1_out1_22);



  assign bitsll_R_1_out1_23 = if_tmp_0_1_out1_22 <<< 8'd1;



  assign R_mant_b_norm_out1_24 = bitsll_R_1_out1_23 + Data_Type_Conversion_out1;



  assign Bit_Slice_out1_24 = R_mant_b_norm_out1_24[25];



  assign Logical_Operator_out1_23 =  ~ Bit_Slice_out1_24;



  assign Bit_Concat_out1_24 = {Bit_Concat_out1_23, Logical_Operator_out1_23};



  assign C_out1_4 = 25'b0000000000000000000000000;



  assign if_shift_length_1_out1 = (shift_length_1_out1_1 == 1'b0 ? Bit_Concat_out1_24 :
              C_out1_4);



  assign bitsrl_Q_1_out1 = Bit_Concat_out1_24 >> 8'd1;



  assign if_shift_length_1_out1_1 = (shift_length_1_out1 == 1'b0 ? if_shift_length_1_out1 :
              bitsrl_Q_1_out1);



  assign BitSlice_out1 = if_shift_length_1_out1_1[23:0];



  assign Bit_Slice10_out1 = if_exp_tmp_2_cfType_ExponentB_1_out1[4];



  assign Bit_Slice9_out1 = if_exp_tmp_2_cfType_ExponentB_1_out1[3];



  assign Bit_Slice7_out1 = if_exp_tmp_2_cfType_ExponentB_1_out1[2];



  assign Bit_Slice8_out1 = if_exp_tmp_2_cfType_ExponentB_1_out1[1];



  assign Bit_Slice11_out1 = if_exp_tmp_2_cfType_ExponentB_1_out1[0];



  assign Bit_Slice_out1_25 = Bit_Concat_out1_24[2:0];



  assign Constant_out1_2 = 1'b0;



  assign Bit_Concat_out1_25 = {Bit_Slice_out1_25, Constant_out1_2};



  assign Bit_Slice_out1_26 = Bit_Concat_out1_25[0];



  assign Bit_Slice1_out1_1 = Bit_Concat_out1_25[1];



  assign Logical_Operator_out1_24 = Bit_Slice1_out1_1 | Bit_Slice_out1_26;



  assign Switch6_out1 = (Bit_Slice11_out1 == 1'b0 ? Bit_Slice_out1_26 :
              Logical_Operator_out1_24);



  assign Bit_Slice2_out1 = Bit_Concat_out1_25[2];



  assign Logical_Operator1_out1 = Bit_Slice2_out1 | Logical_Operator_out1_24;



  assign Bit_Slice3_out1 = Bit_Concat_out1_25[3];



  assign Logical_Operator2_out1 = Bit_Slice3_out1 | Logical_Operator1_out1;



  assign Switch7_out1 = (Bit_Slice11_out1 == 1'b0 ? Logical_Operator1_out1 :
              Logical_Operator2_out1);



  assign Switch3_out1 = (Bit_Slice8_out1 == 1'b0 ? Switch6_out1 :
              Switch7_out1);



  assign Bit_Slice1_out1_2 = Bit_Concat_out1_24[6:3];



  assign Bit_Slice_out1_27 = Bit_Slice1_out1_2[0];



  assign Logical_Operator3_out1 = Bit_Slice_out1_27 | Logical_Operator2_out1;



  assign Bit_Slice1_out1_3 = Bit_Slice1_out1_2[1];



  assign Logical_Operator_out1_25 = Bit_Slice1_out1_3 | Logical_Operator3_out1;



  assign Switch6_out1_1 = (Bit_Slice11_out1 == 1'b0 ? Logical_Operator3_out1 :
              Logical_Operator_out1_25);



  assign Bit_Slice2_out1_1 = Bit_Slice1_out1_2[2];



  assign Logical_Operator1_out1_1 = Bit_Slice2_out1_1 | Logical_Operator_out1_25;



  assign Bit_Slice3_out1_1 = Bit_Slice1_out1_2[3];



  assign Logical_Operator2_out1_1 = Bit_Slice3_out1_1 | Logical_Operator1_out1_1;



  assign Switch7_out1_1 = (Bit_Slice11_out1 == 1'b0 ? Logical_Operator1_out1_1 :
              Logical_Operator2_out1_1);



  assign Switch3_out1_1 = (Bit_Slice8_out1 == 1'b0 ? Switch6_out1_1 :
              Switch7_out1_1);



  assign Switch6_out1_2 = (Bit_Slice7_out1 == 1'b0 ? Switch3_out1 :
              Switch3_out1_1);



  assign Bit_Slice2_out1_2 = Bit_Concat_out1_24[10:7];



  assign Bit_Slice_out1_28 = Bit_Slice2_out1_2[0];



  assign Logical_Operator3_out1_1 = Bit_Slice_out1_28 | Logical_Operator2_out1_1;



  assign Bit_Slice1_out1_4 = Bit_Slice2_out1_2[1];



  assign Logical_Operator_out1_26 = Bit_Slice1_out1_4 | Logical_Operator3_out1_1;



  assign Switch6_out1_3 = (Bit_Slice11_out1 == 1'b0 ? Logical_Operator3_out1_1 :
              Logical_Operator_out1_26);



  assign Bit_Slice2_out1_3 = Bit_Slice2_out1_2[2];



  assign Logical_Operator1_out1_2 = Bit_Slice2_out1_3 | Logical_Operator_out1_26;



  assign Bit_Slice3_out1_2 = Bit_Slice2_out1_2[3];



  assign Logical_Operator2_out1_2 = Bit_Slice3_out1_2 | Logical_Operator1_out1_2;



  assign Switch7_out1_2 = (Bit_Slice11_out1 == 1'b0 ? Logical_Operator1_out1_2 :
              Logical_Operator2_out1_2);



  assign Switch3_out1_2 = (Bit_Slice8_out1 == 1'b0 ? Switch6_out1_3 :
              Switch7_out1_2);



  assign Bit_Slice3_out1_3 = Bit_Concat_out1_24[14:11];



  assign Bit_Slice_out1_29 = Bit_Slice3_out1_3[0];



  assign Logical_Operator3_out1_2 = Bit_Slice_out1_29 | Logical_Operator2_out1_2;



  assign Bit_Slice1_out1_5 = Bit_Slice3_out1_3[1];



  assign Logical_Operator_out1_27 = Bit_Slice1_out1_5 | Logical_Operator3_out1_2;



  assign Switch6_out1_4 = (Bit_Slice11_out1 == 1'b0 ? Logical_Operator3_out1_2 :
              Logical_Operator_out1_27);



  assign Bit_Slice2_out1_4 = Bit_Slice3_out1_3[2];



  assign Logical_Operator1_out1_3 = Bit_Slice2_out1_4 | Logical_Operator_out1_27;



  assign Bit_Slice3_out1_4 = Bit_Slice3_out1_3[3];



  assign Logical_Operator2_out1_3 = Bit_Slice3_out1_4 | Logical_Operator1_out1_3;



  assign Switch7_out1_3 = (Bit_Slice11_out1 == 1'b0 ? Logical_Operator1_out1_3 :
              Logical_Operator2_out1_3);



  assign Switch3_out1_3 = (Bit_Slice8_out1 == 1'b0 ? Switch6_out1_4 :
              Switch7_out1_3);



  assign Switch7_out1_4 = (Bit_Slice7_out1 == 1'b0 ? Switch3_out1_2 :
              Switch3_out1_3);



  assign Switch3_out1_4 = (Bit_Slice9_out1 == 1'b0 ? Switch6_out1_2 :
              Switch7_out1_4);



  assign Bit_Slice4_out1 = Bit_Concat_out1_24[18:15];



  assign Bit_Slice_out1_30 = Bit_Slice4_out1[0];



  assign Logical_Operator3_out1_3 = Bit_Slice_out1_30 | Logical_Operator2_out1_3;



  assign Bit_Slice1_out1_6 = Bit_Slice4_out1[1];



  assign Logical_Operator_out1_28 = Bit_Slice1_out1_6 | Logical_Operator3_out1_3;



  assign Switch6_out1_5 = (Bit_Slice11_out1 == 1'b0 ? Logical_Operator3_out1_3 :
              Logical_Operator_out1_28);



  assign Bit_Slice2_out1_5 = Bit_Slice4_out1[2];



  assign Logical_Operator1_out1_4 = Bit_Slice2_out1_5 | Logical_Operator_out1_28;



  assign Bit_Slice3_out1_5 = Bit_Slice4_out1[3];



  assign Logical_Operator2_out1_4 = Bit_Slice3_out1_5 | Logical_Operator1_out1_4;



  assign Switch7_out1_5 = (Bit_Slice11_out1 == 1'b0 ? Logical_Operator1_out1_4 :
              Logical_Operator2_out1_4);



  assign Switch3_out1_5 = (Bit_Slice8_out1 == 1'b0 ? Switch6_out1_5 :
              Switch7_out1_5);



  assign Bit_Slice5_out1 = Bit_Concat_out1_24[22:19];



  assign Bit_Slice_out1_31 = Bit_Slice5_out1[0];



  assign Logical_Operator3_out1_4 = Bit_Slice_out1_31 | Logical_Operator2_out1_4;



  assign Bit_Slice1_out1_7 = Bit_Slice5_out1[1];



  assign Logical_Operator_out1_29 = Bit_Slice1_out1_7 | Logical_Operator3_out1_4;



  assign Switch6_out1_6 = (Bit_Slice11_out1 == 1'b0 ? Logical_Operator3_out1_4 :
              Logical_Operator_out1_29);



  assign Bit_Slice2_out1_6 = Bit_Slice5_out1[2];



  assign Logical_Operator1_out1_5 = Bit_Slice2_out1_6 | Logical_Operator_out1_29;



  assign Bit_Slice3_out1_6 = Bit_Slice5_out1[3];



  assign Logical_Operator2_out1_5 = Bit_Slice3_out1_6 | Logical_Operator1_out1_5;



  assign Switch7_out1_6 = (Bit_Slice11_out1 == 1'b0 ? Logical_Operator1_out1_5 :
              Logical_Operator2_out1_5);



  assign Switch3_out1_6 = (Bit_Slice8_out1 == 1'b0 ? Switch6_out1_6 :
              Switch7_out1_6);



  assign Switch4_out1 = (Bit_Slice7_out1 == 1'b0 ? Switch3_out1_5 :
              Switch3_out1_6);



  assign Logical_Operator_out1_30 = Bit_Slice7_out1 | (Bit_Slice11_out1 | Bit_Slice8_out1);



  assign Bit_Slice6_out1 = Bit_Concat_out1_24[24:23];



  assign Bit_Slice_out1_32 = Bit_Slice6_out1[0];



  assign Logical_Operator3_out1_5 = Bit_Slice_out1_32 | Logical_Operator2_out1_5;



  assign Bit_Slice1_out1_8 = Bit_Slice6_out1[1];



  assign Logical_Operator_out1_31 = Bit_Slice1_out1_8 | Logical_Operator3_out1_5;



  assign Switch7_out1_7 = (Logical_Operator_out1_30 == 1'b0 ? Logical_Operator3_out1_5 :
              Logical_Operator_out1_31);



  assign BitSlice_out1_1 = BitSlice_out1[0];



  assign BitSlice1_out1 = BitSlice_out1[1];



  assign if_tmp_0_1_out1_23 = (Bit_Slice_out1_24 == 1'b0 ? R_mant_b_norm_out1_24 :
              bitsll_R_1_out1_23);



  assign bitsll_R_1_out1_24 = if_tmp_0_1_out1_23 <<< 8'd1;



  assign R_0_out1 = bitsll_R_1_out1_24 != 26'sb00000000000000000000000000;



  assign Switch1_out1 = (Bit_Slice9_out1 == 1'b0 ? Switch4_out1 :
              Switch7_out1_7);



  assign Switch2_out1 = (Bit_Slice10_out1 == 1'b0 ? Switch3_out1_4 :
              Switch1_out1);



  assign sticky_bitsll_Q_Q_WordLen_out1 = R_0_out1 | Switch2_out1;



  assign alphabitget_Mant_tmp_2_0_out1 = BitSlice1_out1 | sticky_bitsll_Q_Q_WordLen_out1;



  assign alphabitget_Mant_tmp_1_0_out1 = BitSlice_out1_1 & alphabitget_Mant_tmp_2_0_out1;



  assign alpha0_out1_3 = 1'b0;



  assign BitSlice4_out1 = BitSlice_out1[23:1];



  assign Bit_Concat_out1_26 = {alpha0_out1_3, BitSlice4_out1};



  assign alpha2_out1 = 24'b000000000000000000000001;



  assign Mant_tmp_2_out1 = Bit_Concat_out1_26 + alpha2_out1;



  assign if_bitget_Mant_tmp_1_0_out1 = (alphabitget_Mant_tmp_1_0_out1 == 1'b0 ? Bit_Concat_out1_26 :
              Mant_tmp_2_out1);



  assign BitSlice2_out1 = if_bitget_Mant_tmp_1_0_out1[23];



  assign DTC1_out1_1 = exp_a_norm_exp_b_norm_cast_out1[7:0];



  assign C2_out1 = 8'b00000000;



  assign if_exp_tmp_1_out1 = (exp_tmp_1_out1 == 1'b0 ? DTC1_out1_1 :
              C2_out1);



  assign C4_out1 = 8'b11111111;



  assign if_exp_tmp_2_cfType_ExponentB_out1 = (exp_tmp_2_cfType_ExponentBi_out1 == 1'b0 ? if_exp_tmp_1_out1 :
              C4_out1);



  assign alpha1_out1_3 = 8'b00000001;



  assign Exp_1_out1 = if_exp_tmp_2_cfType_ExponentB_out1 + alpha1_out1_3;



  assign if_bitget_Mant_tmp_Mant_tmp_Wor_out1 = (BitSlice2_out1 == 1'b0 ? if_exp_tmp_2_cfType_ExponentB_out1 :
              Exp_1_out1);



  assign C4_out1_1 = 8'b11111111;



  assign if_bExponent_0_bMantissa_out1 = (alphabExponent_0_bMantissa_out1 == 1'b0 ? if_bitget_Mant_tmp_Mant_tmp_Wor_out1 :
              C4_out1_1);



  assign C1_out1_1 = 8'b00000000;



  assign C_out1_5 = 8'b11111111;



  assign if_bExponent_0_bMantissa_out1_1 = (alphabExponent_0_bMantissa_out1 == 1'b0 ? C1_out1_1 :
              C_out1_5);



  assign if_aExponent_0_aMantissa_out1 = (alphaaExponent_0_aMantissa_out1 == 1'b0 ? if_bExponent_0_bMantissa_out1 :
              if_bExponent_0_bMantissa_out1_1);



  assign C1_out1_2 = 8'b00000000;



  assign if_mant_b_0_out1 = (bMantissa_0_out1 == 1'b0 ? bExponent :
              C1_out1_2);



  assign if_exp_a_cfType_Exponent_Inf_out1 = (aExponent_cfType_Exponent_I_out1 == 1'b0 ? if_mant_b_0_out1 :
              aExponent);



  assign if_aExponent_cfType_Exponent_out1 = (alphaaExponent_cfType_Exponent_out1 == 1'b0 ? if_aExponent_0_aMantissa_out1 :
              if_exp_a_cfType_Exponent_Inf_out1);



  assign Compare_To_Zero_out1 = if_exp_tmp_2_cfType_ExponentB_out1 == 8'b00000000;



  assign Logical_Operator_out1_32 = BitSlice2_out1 | Compare_To_Zero_out1;



  assign BitSlice3_out1 = if_bitget_Mant_tmp_1_0_out1[22:0];



  assign C_out1_6 = 23'b00000000000000000000000;



  assign if_bitget_Mant_tmp_Mant_tmp_Wor_1_out1 = (Logical_Operator_out1_32 == 1'b0 ? BitSlice3_out1 :
              C_out1_6);



  assign C5_out1_1 = 23'b00000000000000000000000;



  assign if_bExponent_0_bMantissa_1_out1 = (alphabExponent_0_bMantissa_out1 == 1'b0 ? if_bitget_Mant_tmp_Mant_tmp_Wor_1_out1 :
              C5_out1_1);



  assign C3_out1_1 = 23'b00000000000000000000000;



  assign C2_out1_1 = 23'b10000000000000000000000;



  assign if_bExponent_0_bMantissa_1_out1_1 = (alphabExponent_0_bMantissa_out1 == 1'b0 ? C3_out1_1 :
              C2_out1_1);



  assign if_aExponent_0_aMantissa_1_out1 = (alphaaExponent_0_aMantissa_out1 == 1'b0 ? if_bExponent_0_bMantissa_1_out1 :
              if_bExponent_0_bMantissa_1_out1_1);



  assign C2_out1_2 = 23'b00000000000000000000000;



  assign if_mant_b_0_1_out1 = (bMantissa_0_out1 == 1'b0 ? Switch_out1_1 :
              C2_out1_2);



  assign C_out1_7 = 23'b10000000000000000000000;



  assign if_exp_b_cfType_Exponent_Inf_out1 = (bExponent_cfType_Exponent_I_out1 == 1'b0 ? Switch_out1 :
              C_out1_7);



  assign if_exp_a_cfType_Exponent_Inf_1_out1 = (aExponent_cfType_Exponent_I_out1 == 1'b0 ? if_mant_b_0_1_out1 :
              if_exp_b_cfType_Exponent_Inf_out1);



  assign if_aExponent_cfType_Exponent_1_out1 = (alphaaExponent_cfType_Exponent_out1 == 1'b0 ? if_aExponent_0_aMantissa_1_out1 :
              if_exp_a_cfType_Exponent_Inf_1_out1);



  // Combine FP sign, exponent, mantissa into 32 bit word
  assign out_pack = {tmp_out1, if_aExponent_cfType_Exponent_out1, if_aExponent_cfType_Exponent_1_out1};



  assign out = out_pack;

endmodule  // nfp_div_single